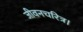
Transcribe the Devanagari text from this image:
जीवनचरित्र।